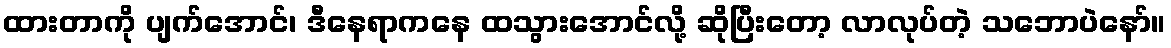
ထားတာကို ပျက်အောင်၊ ဒီနေရာကနေ ထသွားအောင်လို့ ဆိုပြီးတော့ လာလုပ်တဲ့ သဘောပဲနော်။